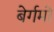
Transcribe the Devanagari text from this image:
बेर्गमो